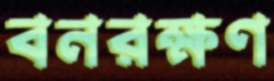
বনরক্ষণ